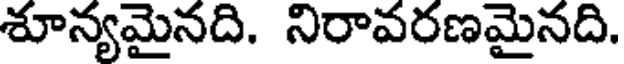
శూన్యమైనది. నిరావరణమైనది.